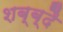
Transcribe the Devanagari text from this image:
शब्ब्दै